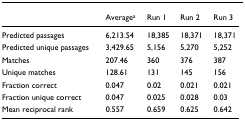
<table><thead><tr><td></td><td><b>Average<sup>a</sup></b></td><td><b>Run 1</b></td><td><b>Run 2</b></td><td><b>Run 3</b></td></tr></thead><tbody><tr><td>Predicted passages</td><td>6,213.54</td><td>18,385</td><td>18,371</td><td>18,371</td></tr><tr><td>Predicted unique passages</td><td>3,429.65</td><td>5,156</td><td>5,270</td><td>5,252</td></tr><tr><td>Matches</td><td>207.46</td><td>360</td><td>376</td><td>387</td></tr><tr><td>Unique matches</td><td>128.61</td><td>131</td><td>145</td><td>156</td></tr><tr><td>Fraction correct</td><td>0.047</td><td>0.02</td><td>0.021</td><td>0.021</td></tr><tr><td>Fraction unique correct</td><td>0.047</td><td>0.025</td><td>0.028</td><td>0.03</td></tr><tr><td>Mean reciprocal rank</td><td>0.557</td><td>0.659</td><td>0.625</td><td>0.642</td></tr></tbody></table>